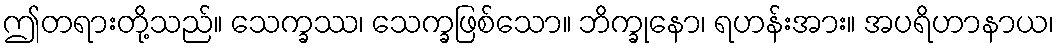
ဤတရားတို့သည်။ သေက္ခဿ၊ သေက္ခဖြစ်သော။ ဘိက္ခုနော၊ ရဟန်းအား။ အပရိဟာနာယ၊